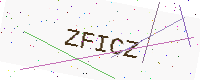
Text: ZFICZ